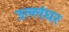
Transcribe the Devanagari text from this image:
उल्लंघर